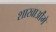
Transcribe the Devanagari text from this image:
शाखाऔंमे